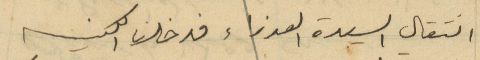
انتقال السيدة العذراء فدخلنا الكنيسه